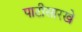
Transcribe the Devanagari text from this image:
पाटीसारखे